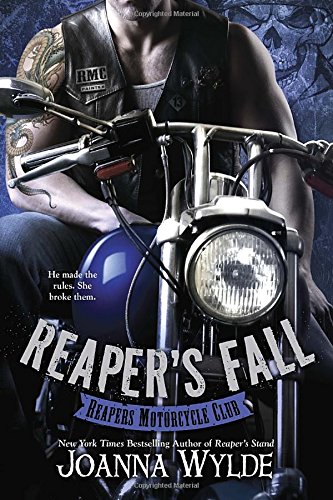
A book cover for Reaper's Fall (Reapers Motorcycle Club); Joanna Wylde; Romance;